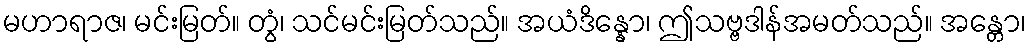
မဟာရာဇ၊ မင်းမြတ်။ တွံ၊ သင်မင်းမြတ်သည်။ အယံဒိန္နော၊ ဤသဗ္ဗဒါန်အမတ်သည်။ အန္တော၊